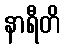
နာရီတိ